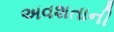
અવશતાની